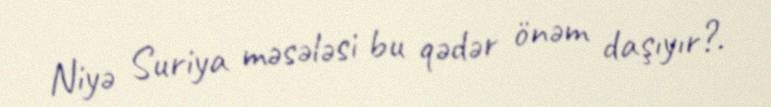
Niyə Suriya məsələsi bu qədər önəm daşıyır?.